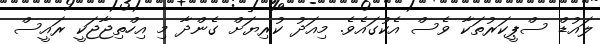
ލައުޑް ސްޕީކަރުތަކާ ވެސް އެކުގައެވެ. މިއަދު ކުރިޔަށް ގެންދާ މި އިހްތިޖާޖަކީ ރައީސް